Annual administration report of the Civil Veterinary Department of India - 1903-1904
Year: 1903
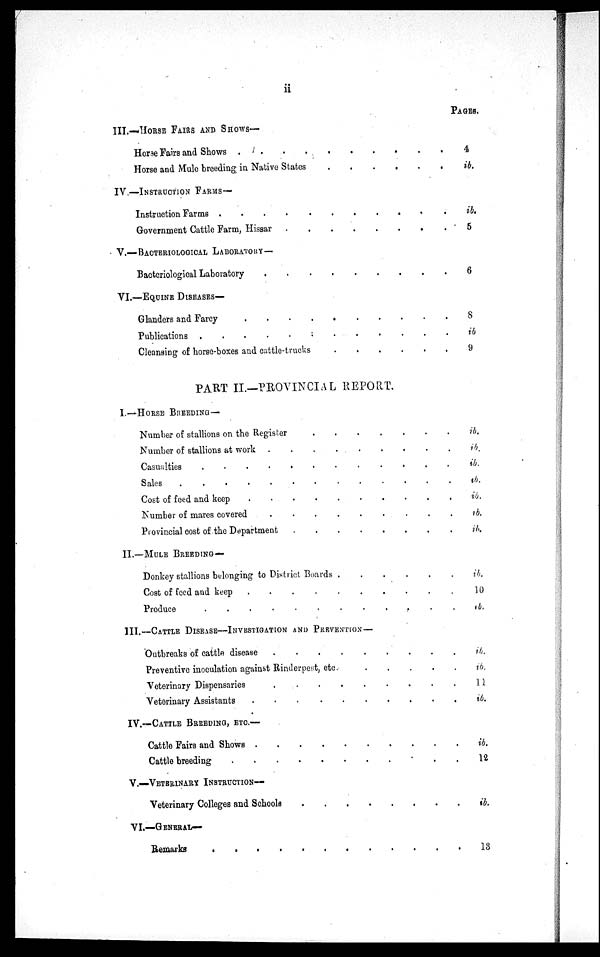
ii
III.—HORSE FAIRS AND SHOWS—
Horse Fairs and Shows
.
.
.
.
.
.
.
.
.
.
.
Horse and Mule breeding in Native States
.
.
.
.
.
.
IV.—INSTRUCTION
FARMS—
Instruction Farms
.
.
.
.
.
.
.
.
.
.
Government Cattle Farm, Hissar
.
.
.
.
.
.
V.—BACTERIOLOGICAL
LABORATORY—
Bacteriological Laboratory
.
.
.
..
.
.
.
.
.
.
VI.—EQUINE DISEASE—
Glanders and Farcy
.
.
.
.
.
.
.
.
.
.
Publications
.
.
.
.
.
.
.
Cleansing of horse-boxes and cattle-trucks
.
.
.
.
.
.
PART II.—PROVINCIAL REPORT.
I.—-HORSE BREEDING—
Number of stallions on the Register
.
.
.
.
.
.
.
Number of stallions at work
.
.
.
.
.
.
.
Casualties
.
.
.
.
.
.
.
.
.
.
.
.
Sales
.
.
.
.
.
.
.
.
.
.
.
.
.
Cost of feed and keep
.
.
.
.
.
.
.
.
Number of mares covered
.
.
.
.
.
.
.
.
Provincial cost of the Department
.
.
.
.
.
.
.
.
II.—MULE BREEDING—
Donkey stallions belonging to District Boards .
.
.
.
.
Cost of feed and keep
.
.
.
.
.
.
.
.
.
Produce . . . . . . . .
III.—CATTLE DISEASE—INVESTIGATION AND PREVENTION—
Outbreaks of cattle disease
.
.
.
.
.
.
.
Preventive inoculation against Rinderpest, etc.
Veterinary Dispensaries
.
.
.
.
.
.
.
.
.
.
Veterinary Assistants
.
.
.
.
.
.
.
.
IV.—CATTLE BREEDING, ETC.—
Cattle Fairs and Shows
.
.
.
.
.
.
.
.
.
.
.
Cattle breeding
.
.
.
.
.
.
.
V.—VETERINARY INSTRUCTION—
Veterinary Colleges and Schools
.
.
.
.
.
.
.
.
VI.—GENERAL—
Remarks
.
.
.
.
.
.
.
.
PAGES.
4
ib.
ib.
5
6
8
ib
9
ib.
ib.
ib.
ib.
ib.
ib.
ib.
ib.
10
ib.
ib.
ib.
11
ib.
ib.
12
ib.
13